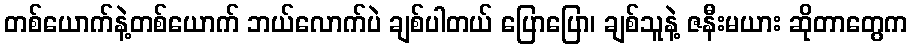
တစ်ယောက်နဲ့တစ်ယောက် ဘယ်လောက်ပဲ ချစ်ပါတယ် ပြောပြော၊ ချစ်သူနဲ့ ဇနီးမယား ဆိုတာတွေက